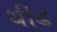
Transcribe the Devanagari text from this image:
थीड